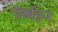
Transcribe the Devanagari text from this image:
निर्बहन